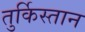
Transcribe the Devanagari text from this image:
तुर्किस्‍तान